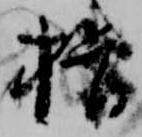
揖